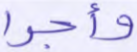
وأجرا